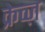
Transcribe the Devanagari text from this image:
क्रेव्ज़